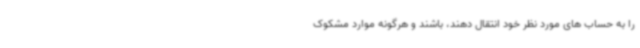
را به حساب های مورد نظر خود انتقال دهند، باشند و هرگونه موارد مشکوک